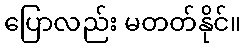
ပြောလည်း မတတ်နိုင်။